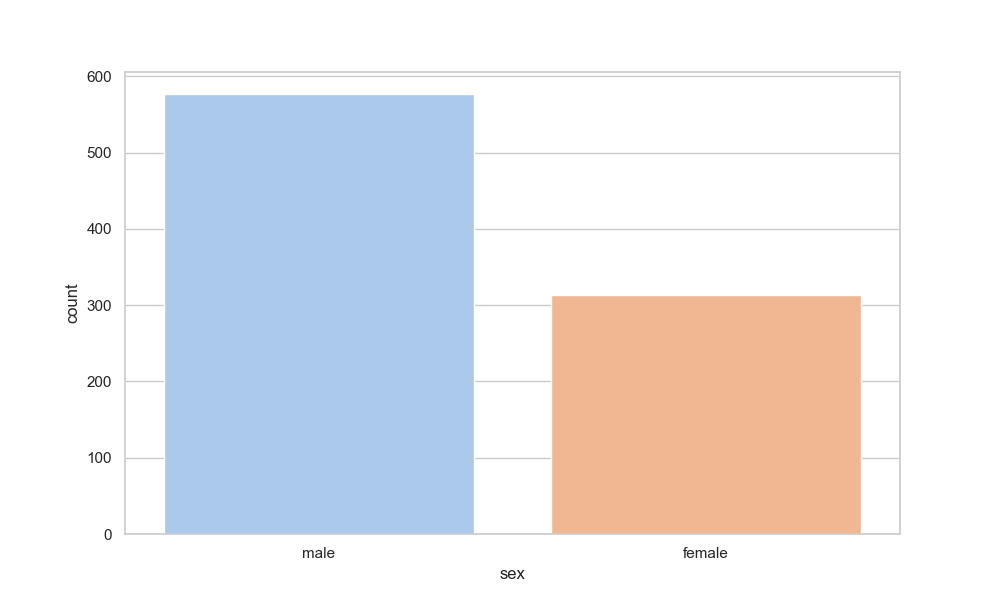
python, seaborn, countplot, x='sex', palette='pastel', hue='None'